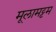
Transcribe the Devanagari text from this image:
मूलामट्टम